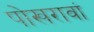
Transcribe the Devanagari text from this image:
पोखरावां